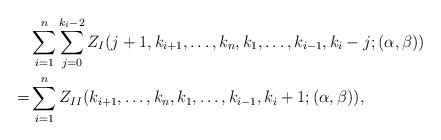
\begin{align*}\begin{aligned}&\sum_{i=1}^{n}\sum_{j=0}^{k_i-2}Z_{I}(j+1,k_{i+1},\ldots,k_n,k_1,\ldots,k_{i-1},k_i-j;(\alpha,\beta))\\=&\sum_{i=1}^{n}Z_{II}(k_{i+1},\ldots,k_n,k_1,\ldots,k_{i-1},k_i+1;(\alpha,\beta)),\end{aligned}\end{align*}